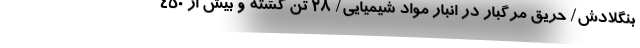
بنگلادش/ حریق مرگبار در انبار مواد شیمیایی/ ۲۸ تن کشته و بیش از ۴۵۰